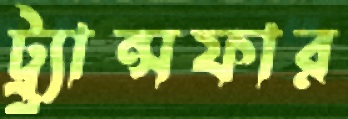
ট্র্র্যান্সফার